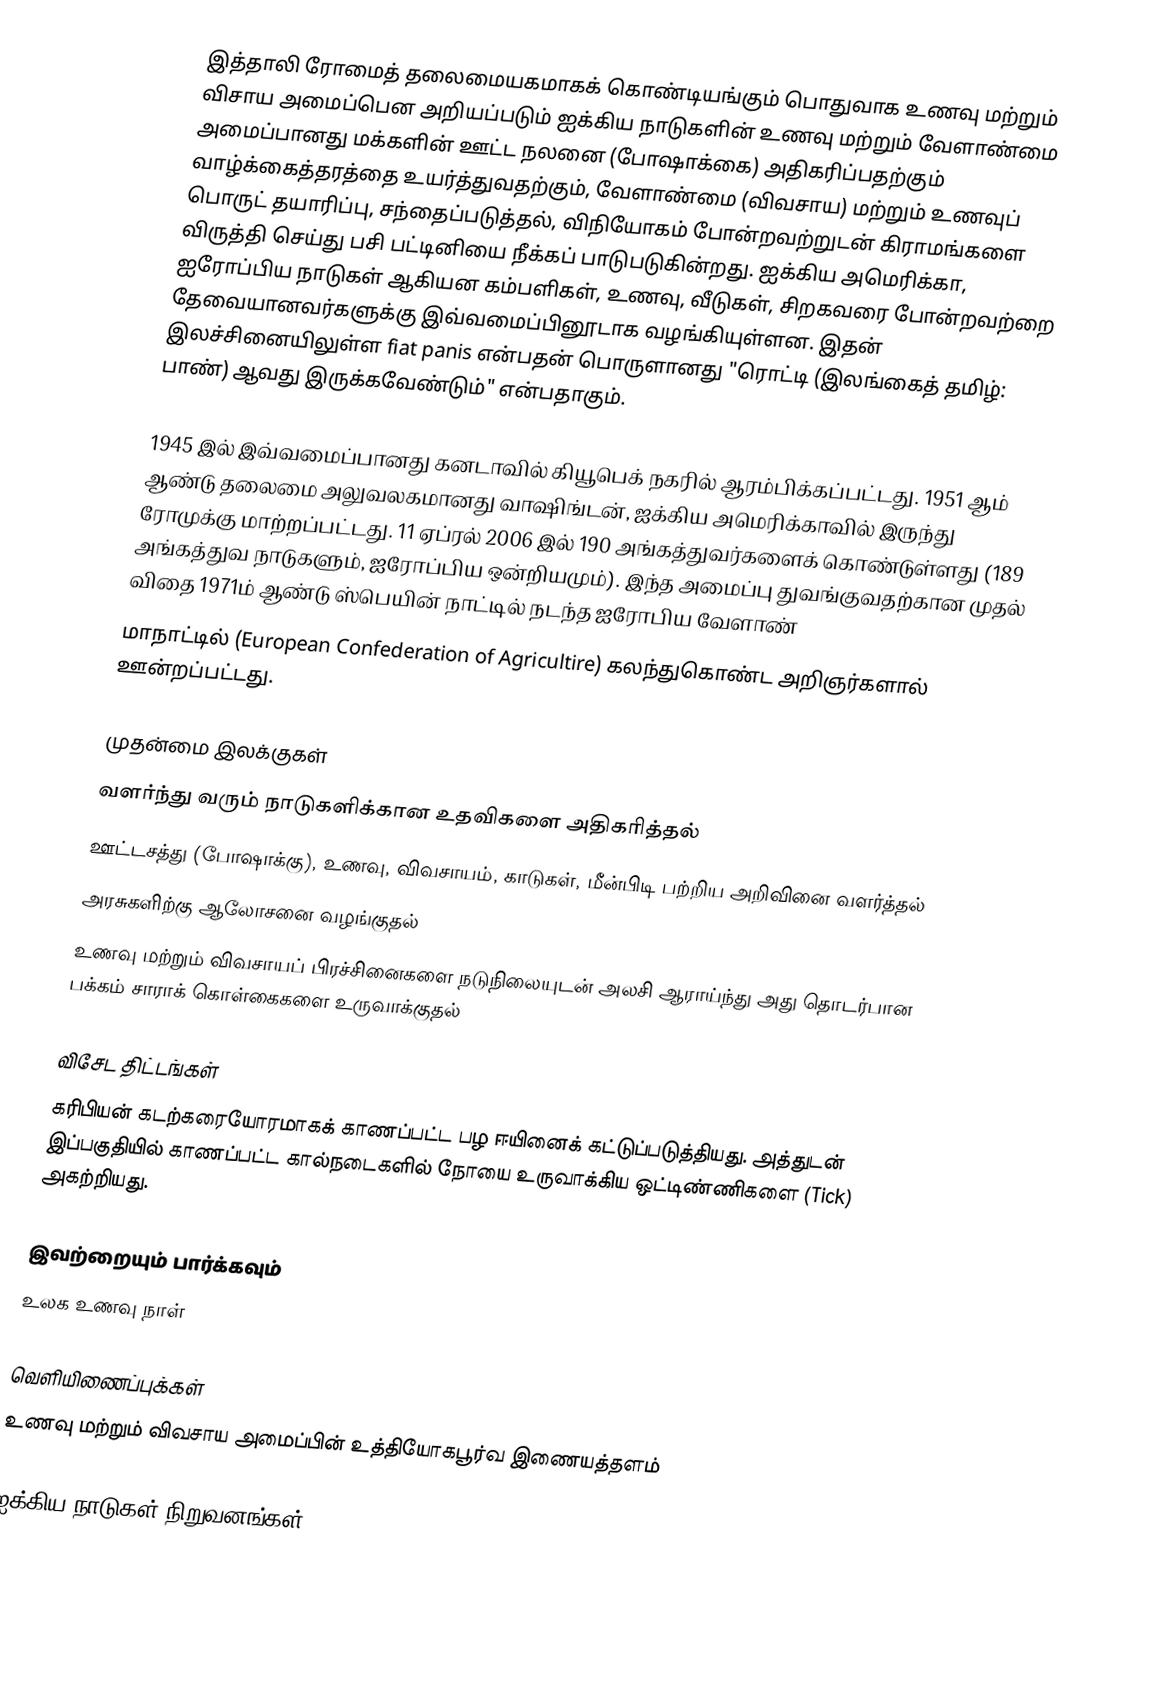
இத்தாலி ரோமைத் தலைமையகமாகக் கொண்டியங்கும் பொதுவாக உணவு மற்றும் விசாய அமைப்பென அறியப்படும் ஐக்கிய நாடுகளின் உணவு மற்றும் வேளாண்மை அமைப்பானது மக்களின் ஊட்ட நலனை (போஷாக்கை) அதிகரிப்பதற்கும் வாழ்க்கைத்தரத்தை உயர்த்துவதற்கும், வேளாண்மை (விவசாய) மற்றும் உணவுப் பொருட் தயாரிப்பு, சந்தைப்படுத்தல், விநியோகம் போன்றவற்றுடன் கிராமங்களை விருத்தி செய்து பசி பட்டினியை நீக்கப் பாடுபடுகின்றது. ஐக்கிய அமெரிக்கா, ஐரோப்பிய நாடுகள் ஆகியன கம்பளிகள், உணவு, வீடுகள், சிறகவரை போன்றவற்றை தேவையானவர்களுக்கு இவ்வமைப்பினூடாக வழங்கியுள்ளன. இதன் இலச்சினையிலுள்ள fiat panis என்பதன் பொருளானது "ரொட்டி (இலங்கைத் தமிழ்: பாண்) ஆவது இருக்கவேண்டும்" என்பதாகும்.

1945 இல் இவ்வமைப்பானது கனடாவில் கியூபெக் நகரில் ஆரம்பிக்கப்பட்டது. 1951 ஆம் ஆண்டு தலைமை அலுவலகமானது வாஷிங்டன், ஐக்கிய அமெரிக்காவில் இருந்து ரோமுக்கு மாற்றப்பட்டது. 11 ஏப்ரல் 2006 இல் 190 அங்கத்துவர்களைக் கொண்டுள்ளது (189 அங்கத்துவ நாடுகளும், ஐரோப்பிய ஒன்றியமும்). இந்த அமைப்பு துவங்குவதற்கான முதல் விதை 1971ம் ஆண்டு ஸ்பெயின் நாட்டில் நடந்த ஐரோபிய வேளாண்
மாநாட்டில் (European Confederation of Agricultire) கலந்துகொண்ட அறிஞர்களால் ஊன்றப்பட்டது.

முதன்மை இலக்குகள்
 வளர்ந்து வரும் நாடுகளிக்கான உதவிகளை அதிகரித்தல்
 ஊட்டசத்து (போஷாக்கு), உணவு, விவசாயம், காடுகள், மீன்பிடி பற்றிய அறிவினை வளர்த்தல்
 அரசுகளிற்கு ஆலோசனை வழங்குதல்
 உணவு மற்றும் விவசாயப் பிரச்சினைகளை நடுநிலையுடன் அலசி ஆராய்ந்து அது தொடர்பான பக்கம் சாராக் கொள்கைகளை உருவாக்குதல்

விசேட திட்டங்கள்
கரிபியன் கடற்கரையோரமாகக் காணப்பட்ட பழ ஈயினைக் கட்டுப்படுத்தியது. அத்துடன் இப்பகுதியில் காணப்பட்ட கால்நடைகளில் நோயை உருவாக்கிய ஒட்டிண்ணிகளை (Tick) அகற்றியது.

இவற்றையும் பார்க்கவும்
 உலக உணவு நாள்

வெளியிணைப்புக்கள்
 உணவு மற்றும் விவசாய அமைப்பின் உத்தியோகபூர்வ இணையத்தளம்

ஐக்கிய நாடுகள் நிறுவனங்கள்